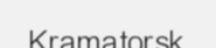
Kramatorsk